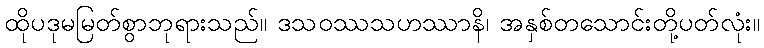
ထိုပဒုမမြတ်စွာဘုရားသည်။ ဒသဝဿသဟဿာနိ၊ အနှစ်တသောင်းတို့ပတ်လုံး။